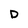
Character: D